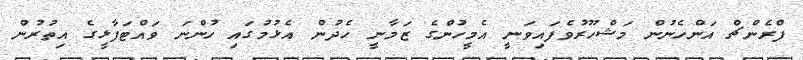
ފްރެންޗް އަންހެނުން މަޝްހޫރުވެފައިވަނީ އެމީހުންގެ ޒަމާނީ ހެދުން އެޅުމުގައި ހުންނަ ވައްޓަފާޅީގެ އިތުރުން